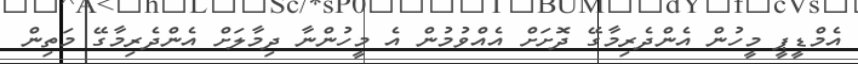
އެމްޑީޕީ މީހުން އެންދެރިމާގޭ ދޮށަށް އެއްވުމުން އެ މީހުންނާ ދިމާލަށް އެންދެރިމާގޭ މަތިން